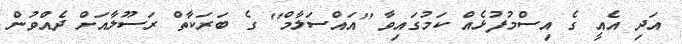
އަދި އެއީ ގެ އިސްމުފުޅެއް ކަމުގައިވާ ''އައްސަލާމް'' ގެ ބަރަކާތް ރަސޫލާއަށް ދެއްވުން